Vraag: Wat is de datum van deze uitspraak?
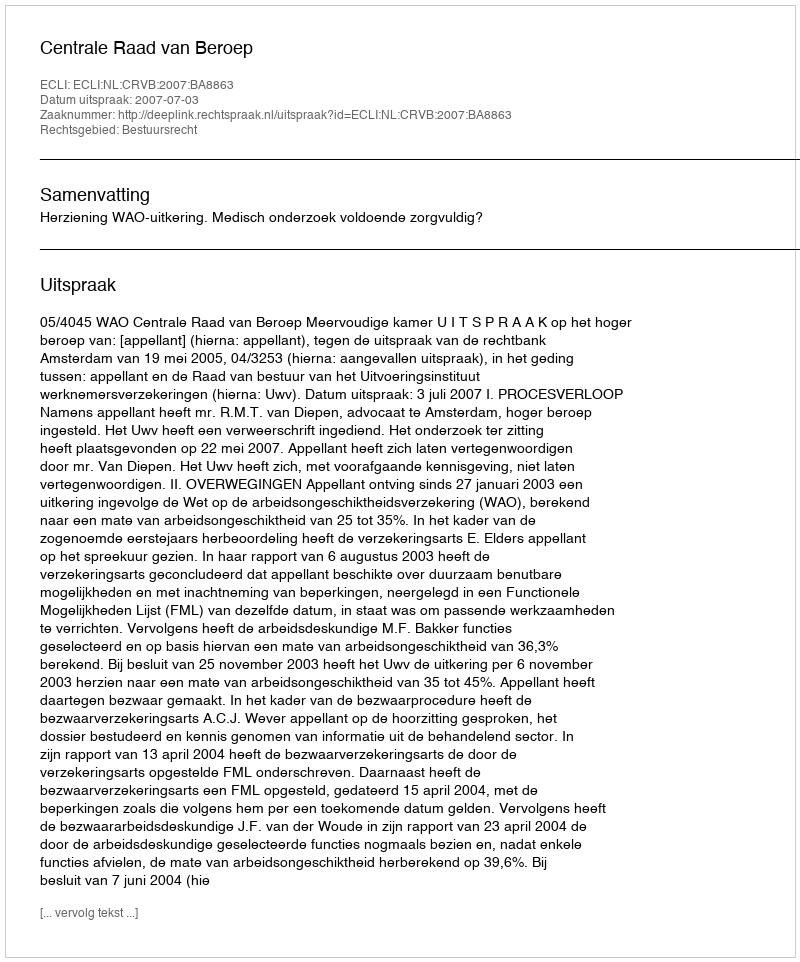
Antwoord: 2007-07-03